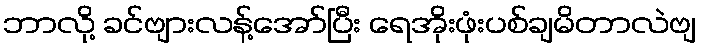
ဘာလို့ ခင်ဗျားလန့်အော်ပြီး ရေအိုးဖုံးပစ်ချမိတာလဲဗျ